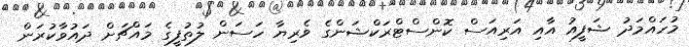
މުހައްމަދު ޝަފީއު އާއި އަރިއަސް ކޮންސްޓްރަކްޝަންގެ ވެރިޔާ ހަސަން ލުތުފީގެ މައްޗަށް ދައުވާކުރަން